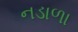
નડાળા